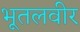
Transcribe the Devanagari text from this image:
भूतलवीर